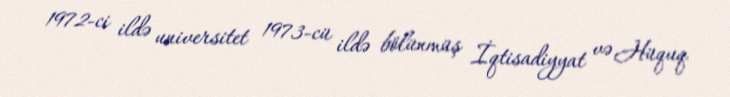
1972-ci ildə universitet 1973-cü ildə bölünmüş İqtisadiyyat və Hüquq